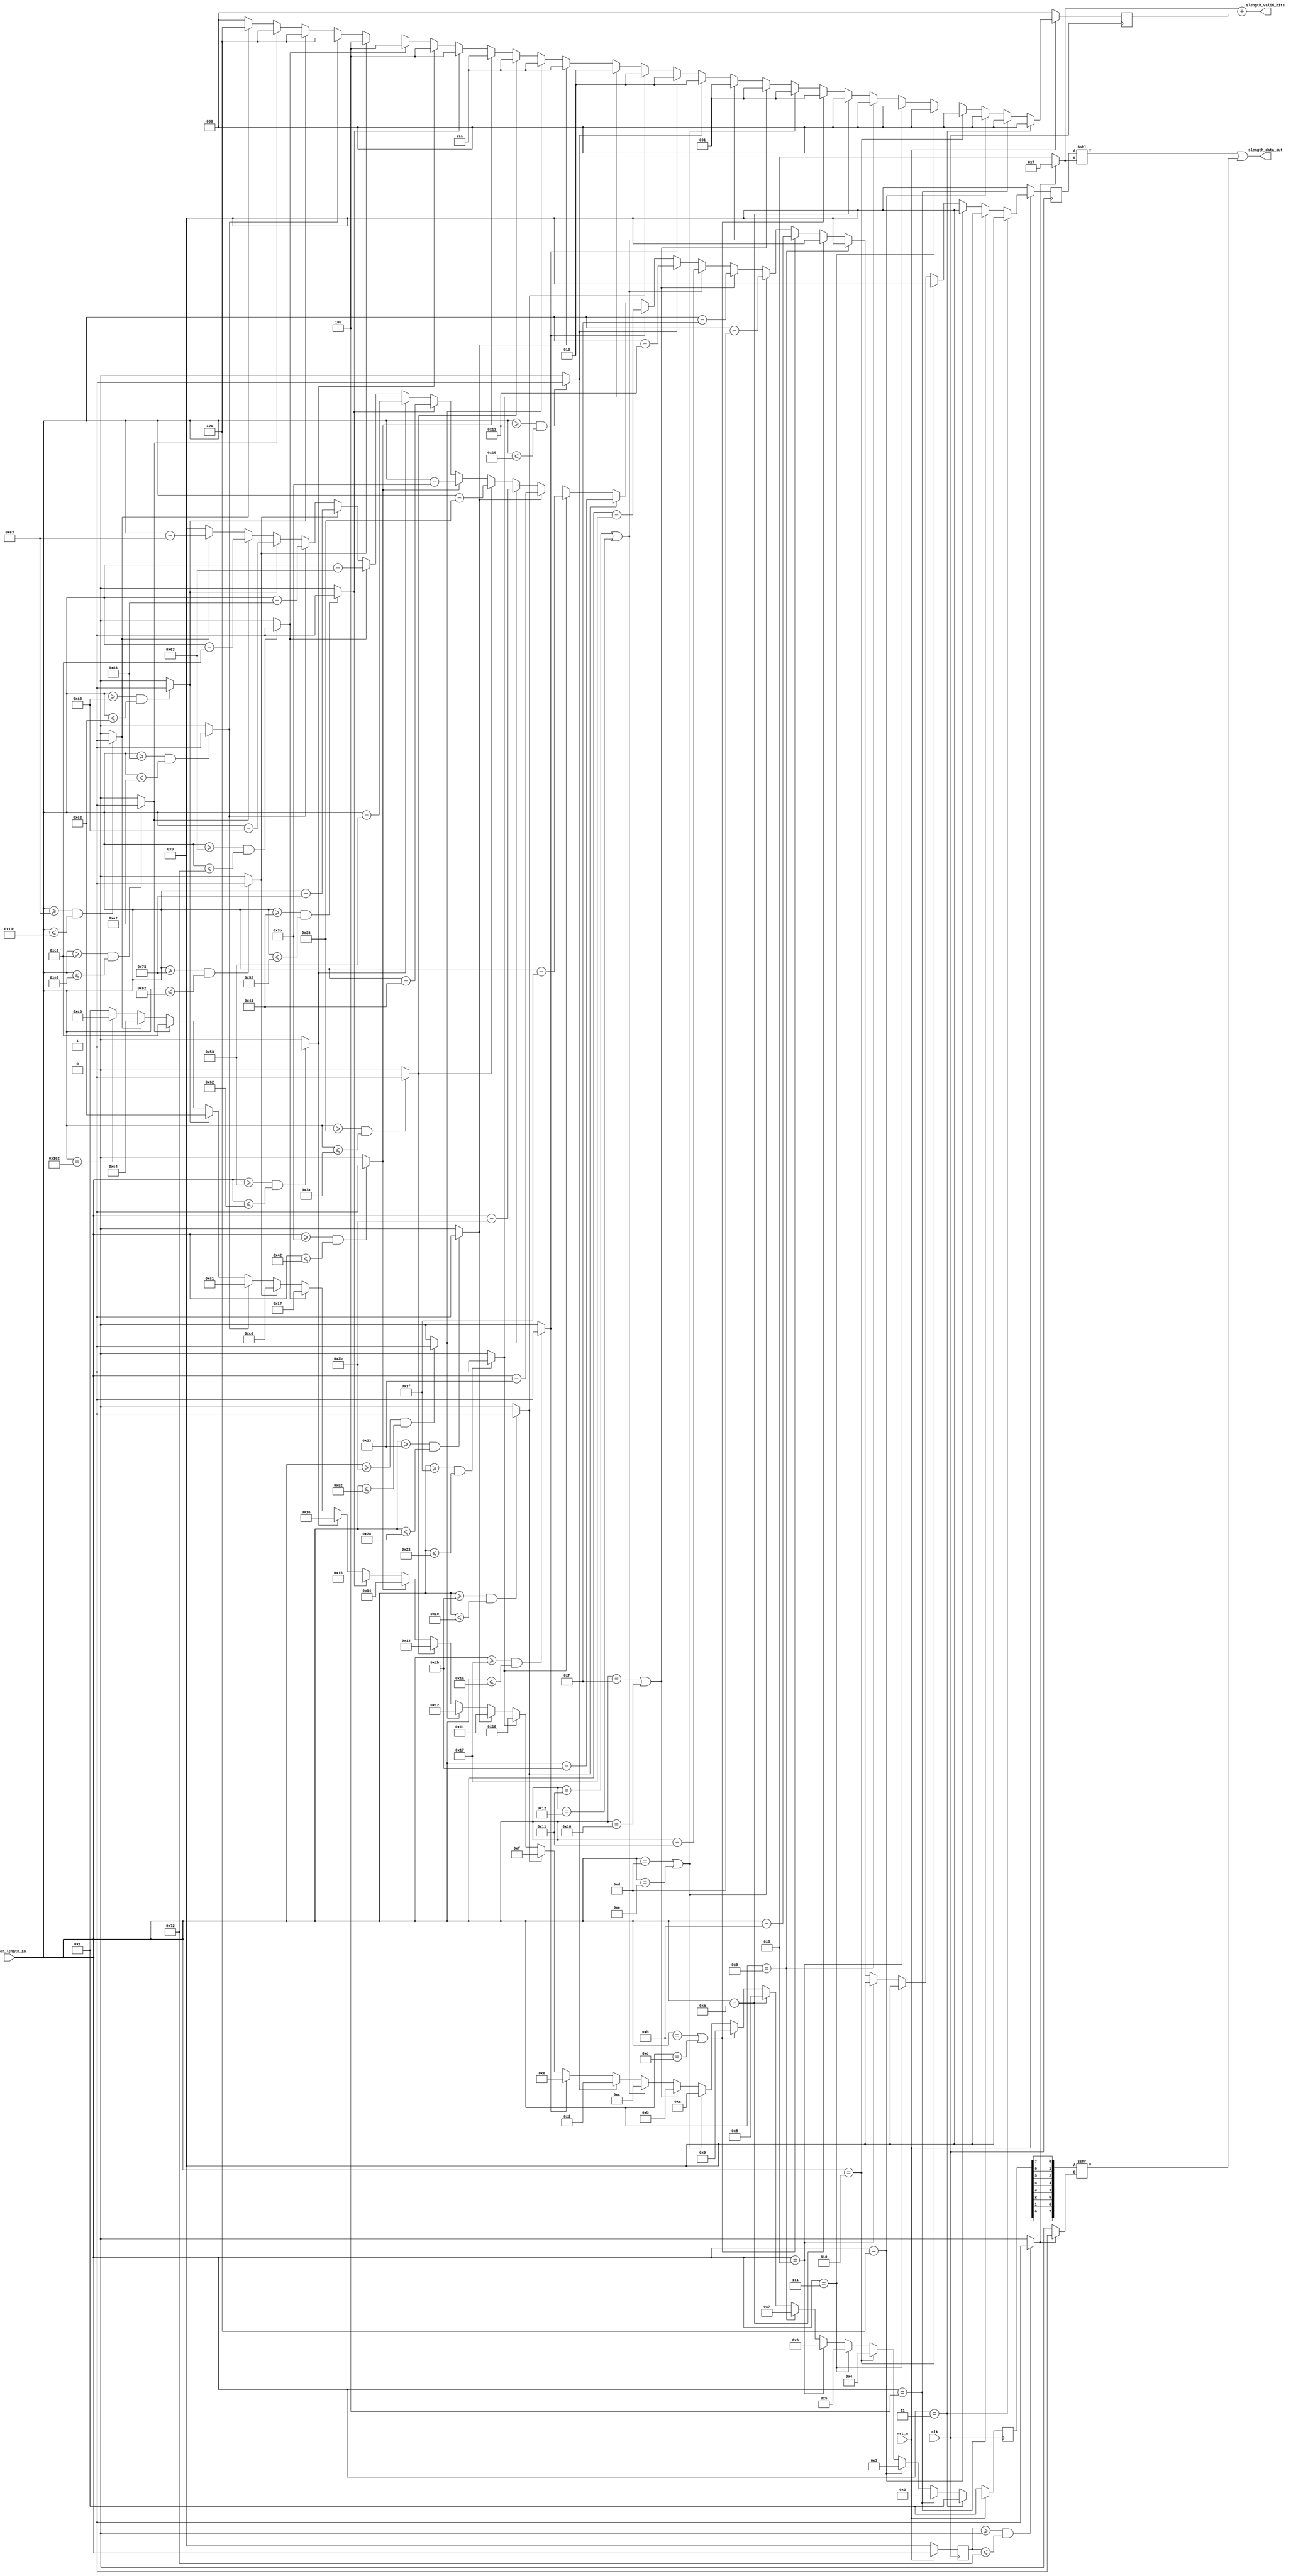

/*  
Title:            Static Length Huffman tree
Author:                                     Ovidiu Plugariu

Description:  This file is a Static Length Huffman Tree. These codes represent the length values between 0-258
            which are Huffman encoded. The final value of the code is a concatenation between the huffman ecoded value and the binary 
            value given by the offset of the distance in the lenght ranges.
            Minimum decoded length is 3 and the maximum is 258.
            We will use a lower range because for normal english texts the the length of a sequence rarely exceeds 64.
            Synthesys will remove the unused logic from the table if the maximum length is smaller than 258.
*/



// Codes from 257-279 have 7 bits
// Codes from 280-287 have 8 bits 
`define LEN_CODE257	8'd1
`define LEN_CODE258	8'd2
`define LEN_CODE259	8'd3
`define LEN_CODE260	8'd4
`define LEN_CODE261	8'd5
`define LEN_CODE262	8'd6
`define LEN_CODE263	8'd7
`define LEN_CODE264	8'd8
`define LEN_CODE265	8'd9
`define LEN_CODE266	8'd10
`define LEN_CODE267	8'd11
`define LEN_CODE268	8'd12
`define LEN_CODE269	8'd13
`define LEN_CODE270	8'd14
`define LEN_CODE271	8'd15
`define LEN_CODE272	8'd16
`define LEN_CODE273	8'd17
`define LEN_CODE274	8'd18
`define LEN_CODE275	8'd19
`define LEN_CODE276	8'd20
`define LEN_CODE277	8'd21
`define LEN_CODE278	8'd22
`define LEN_CODE279	8'd23
`define LEN_CODE280 8'd192
`define LEN_CODE281 8'd193
`define LEN_CODE282 8'd194
`define LEN_CODE283 8'd195
`define LEN_CODE284 8'd196
`define LEN_CODE285 8'd197
`define LEN_CODE286 8'd198
`define LEN_CODE287 8'd199


module slength
    (
    // Module inputs
    input  clk,	
    input  rst_n,	
	input  [8:0] match_length_in,              // 9bits: 3 <= match_length  <= 258
	
    // Module outputs
	output [12:0] slength_data_out,        // 13 bits {5 extra bit binary code, <7/8bit Huffman>} , Huffman codes are bit reversed
    output [3 :0] slength_valid_bits       // this output says how many binary encoded bits are valid from the output of the decoder 
    );
	
	// Module registers
	reg [8 :0]  slength_extra_bits_val;        // 5 bits extra value binary encoded - only 13 bits are used because of the distance ranges
	reg [2 :0]  slength_extra_bits_no;         // number of extra binary bits used for address encoding
	reg [7 :0]  slength_huff;
	wire[7 :0]  slength_huff_rev;              // the reversed value of the Huffman length value
    wire        slength_huff_shift_right;      // this si used to show if the length Huffman code has to be shifted 1 bit to the right
	
	reg [8 :0]  match_length_in_buff; 

	// Combinational logic
    wire [3:0] slength_huff_len;
	
    //====================================================================================================================	
	//===================================== Create Huffman codes LUT for lengths =========================================
	//====================================================================================================================
    always @(posedge clk)
	begin
	    if (!rst_n) begin
		    slength_huff           <= `LEN_CODE257;
            slength_extra_bits_no  <= 0;
            slength_extra_bits_val <= 0;
		end
		else begin
            case ( 1 )		
		        //inbetween(match_length_in, 9'd3, 9'd3)  : begin
		        (match_length_in == 9'd3): begin
		    	            slength_huff           <= `LEN_CODE257;
                            slength_extra_bits_no  <= 0;
                            slength_extra_bits_val <= 0;							
    	    	        end	
		    			
                //inbetween(match_length_in, 9'd4, 9'd4)    : begin
                (match_length_in == 9'd4): begin			
		    	            slength_huff           <= `LEN_CODE258;
                            slength_extra_bits_no  <= 0;
                            slength_extra_bits_val <= 0;							
    	    	        end	
		    			
                //inbetween(match_length_in, 9'd5, 9'd5)    : begin
		    	(match_length_in == 9'd5): begin
		    	            slength_huff           <= `LEN_CODE259;
                            slength_extra_bits_no  <= 0;
                            slength_extra_bits_val <= 0;							
    	    	        end	
            
                //inbetween(match_length_in, 9'd6, 9'd6)    : begin
                (match_length_in == 9'd6): begin			
		    	            slength_huff           <= `LEN_CODE260;
                            slength_extra_bits_no  <= 0;
                            slength_extra_bits_val <= 0;							
    	    	        end	
    	    				
                //inbetween(match_length_in, 9'd7, 9'd7)    : begin
		    	(match_length_in == 9'd7): begin
		    	            slength_huff           <= `LEN_CODE261;
                            slength_extra_bits_no  <= 0;
                            slength_extra_bits_val <= 0;							
    	    	        end	
    	    				
                //inbetween(match_length_in, 9'd8, 9'd8)    : begin
		    	(match_length_in == 9'd8): begin
		    	            slength_huff           <= `LEN_CODE262;
                            slength_extra_bits_no  <= 0;
		    	            slength_extra_bits_val <= 0;					
    	    	        end	
            
                //inbetween(match_length_in, 9'd9, 9'd9)    : begin
		    	(match_length_in == 9'd9): begin
		    	            slength_huff           <= `LEN_CODE263;
                            slength_extra_bits_no  <= 0;
                            slength_extra_bits_val <= 0;							
    	    	        end
		    
    	    	//inbetween(match_length_in, 9'd10, 9'd10)    : begin
		    	(match_length_in == 9'd10): begin
		    	            slength_huff           <= `LEN_CODE264;
                            slength_extra_bits_no  <= 0;
                            slength_extra_bits_val <= 0;		  					
    	    	        end
		    
    	    	//inbetween(match_length_in, 9'd11, 9'd12)   : begin
    	    	(match_length_in == 9'd11 || match_length_in == 9'd12): begin
		    	            slength_huff           <= `LEN_CODE265;
                            slength_extra_bits_no  <= 1;
                            slength_extra_bits_val <= match_length_in - 4'd11;	   // XAPP215 - you have to take in consideration the width of the subtraction operators to obtain best sintesys results					
    	    	        end  
		    
                //inbetween(match_length_in, 9'd13, 9'd14)  : begin
                (match_length_in == 9'd13 || match_length_in == 9'd14): begin			
		    	            slength_huff           <= `LEN_CODE266;
                            slength_extra_bits_no  <= 1;
                            slength_extra_bits_val <= match_length_in - 4'd13;							
    	    	        end 
            
                //inbetween(match_length_in, 9'd15, 9'd16)  : begin
		    	(match_length_in == 9'd15 || match_length_in == 9'd16): begin
		    	            slength_huff           <= `LEN_CODE267;
                            slength_extra_bits_no  <= 1;
                            slength_extra_bits_val <= match_length_in - 4'd15;							
    	    	        end 						
            
                //inbetween(match_length_in, 9'd17, 9'd18)  : begin
		    	(match_length_in == 9'd17 || match_length_in == 9'd18): begin
		    	            slength_huff           <= `LEN_CODE268;
                            slength_extra_bits_no  <= 1;
                            slength_extra_bits_val <= match_length_in - 5'd17;						
    	    	        end						
            
                inbetween(match_length_in, 9'd19, 9'd22)  : begin
		    	            slength_huff           <= `LEN_CODE269;
                            slength_extra_bits_no  <= 2;
                            slength_extra_bits_val <= match_length_in - 5'd19;							
    	    	        end	
            
                inbetween(match_length_in, 9'd23, 9'd26)  : begin
		    	            slength_huff           <= `LEN_CODE270;
                            slength_extra_bits_no  <= 2;
                            slength_extra_bits_val <= match_length_in - 5'd23;							
    	    	        end	
            
                inbetween(match_length_in, 9'd27, 9'd30)  : begin
		    	            slength_huff           <= `LEN_CODE271;
                            slength_extra_bits_no  <= 2;	
                            slength_extra_bits_val <= match_length_in - 5'd27;							
    	    	        end	
            
                inbetween(match_length_in, 9'd31, 9'd34)  : begin
		    	            slength_huff           <= `LEN_CODE272;
                            slength_extra_bits_no  <= 2;	
                            slength_extra_bits_val <= match_length_in - 5'd31;							
    	    	        end
                
                inbetween(match_length_in, 9'd35, 9'd42)  : begin
		    	            slength_huff           <= `LEN_CODE273;
                            slength_extra_bits_no  <= 3;
                            slength_extra_bits_val <= match_length_in - 6'd35;						
    	    	        end
            
                inbetween(match_length_in, 9'd43, 9'd50)  : begin
		    	            slength_huff           <= `LEN_CODE274;
                            slength_extra_bits_no  <= 3;
                            slength_extra_bits_val <= match_length_in - 6'd43;							
    	    	        end
            
                inbetween(match_length_in, 9'd51, 9'd58)  : begin
		    	            slength_huff           <= `LEN_CODE275;
                            slength_extra_bits_no  <= 3;
                            slength_extra_bits_val <= match_length_in - 6'd51;					
    	    	        end
            
                inbetween(match_length_in, 9'd59, 9'd66)  : begin
		    	            slength_huff           <= `LEN_CODE276;
                            slength_extra_bits_no  <= 3;
                            slength_extra_bits_val <= match_length_in - 6'd59;							
    	    	        end
						
                inbetween(match_length_in, 9'd67, 9'd82)  : begin
		    	            slength_huff           <= `LEN_CODE277;
                            slength_extra_bits_no  <= 4;
                            slength_extra_bits_val <= match_length_in - 7'd67;							
    	    	        end
            
                inbetween(match_length_in, 9'd83, 9'd98)  : begin
		    	            slength_huff           <= `LEN_CODE278;
                            slength_extra_bits_no  <= 4;
                            slength_extra_bits_val <= match_length_in - 7'd83;							
    	    	        end	
		    
                inbetween(match_length_in, 9'd99, 9'd114)  : begin
		    	            slength_huff           <= `LEN_CODE279;
                            slength_extra_bits_no  <= 4;
                            slength_extra_bits_val <= match_length_in - 7'd99;						
    	    	        end
            
                inbetween(match_length_in, 9'd115, 9'd130)  : begin
		    	            slength_huff           <= `LEN_CODE280;
                            slength_extra_bits_no  <= 4;
                            slength_extra_bits_val <= match_length_in - 7'd115;							
    	    	        end
            
                inbetween(match_length_in, 9'd131, 9'd162)  : begin
		    	            slength_huff           <= `LEN_CODE281;
                            slength_extra_bits_no  <= 5;
                            slength_extra_bits_val <= match_length_in - 8'd131;						
    	    	        end						
            
                inbetween(match_length_in, 9'd163, 9'd194)  : begin
		    	            slength_huff           <= `LEN_CODE282;
                            slength_extra_bits_no  <= 5;
                            slength_extra_bits_val <= match_length_in - 8'd163;						
    	    	        end
            
                inbetween(match_length_in, 9'd195, 9'd226)  : begin
		    	            slength_huff           <= `LEN_CODE283;
                            slength_extra_bits_no  <= 5;
                            slength_extra_bits_val <= match_length_in - 8'd195;						
    	    	        end
            
                inbetween(match_length_in, 9'd227, 9'd257)  : begin
		    	            slength_huff           <= `LEN_CODE284;
                            slength_extra_bits_no  <= 5;
                            slength_extra_bits_val <= match_length_in - 8'd227;						
    	    	        end

                (match_length_in == 9'd258)  : begin
		    	            slength_huff           <= `LEN_CODE285; 
                            slength_extra_bits_no  <= 0;
                            slength_extra_bits_val <= 0;							
    	    	        end  

				default : begin
		    	            slength_huff           <= `LEN_CODE257;
                            slength_extra_bits_no  <= 0;
                            slength_extra_bits_val <= 0;							
    	    	        end
            endcase
		end
    end 			


    function inbetween (input [8:0] match_length_in, input [8:0] low, input [8:0] high);
	begin
	    inbetween = (match_length_in >= low && match_length_in <= high) ? 1'b1 : 1'b0;
	end	
	endfunction	


	// This pipeline stage is used to calculate slength_huff_len and correlate it with the slength_huff output value
    always @( posedge clk)
    begin
    	if (!rst_n) match_length_in_buff <= 0;       
	    else        match_length_in_buff <= match_length_in;		
    end	
    
	// According to the slength_extra_bits_no and slength_extra_bits_val we have to output a triplet:
	// (slength_valid_bits, slength_huff, slength_extra_bits_val)
	
	// If the length is smaller than 114 then the Huffman code has 7 bits, else it has 8 bits
	assign slength_huff_len = inbetween(match_length_in_buff, 9'd0, 9'd114) ? 4'd7 : 4'd8;
	assign slength_huff_shift_right = inbetween(match_length_in_buff, 9'd0, 9'd114) ? 1'b1 : 1'b0;
	assign slength_valid_bits = slength_huff_len + slength_extra_bits_no;
	
	// Reverse the value of the Huffman length code. For the 7 bit values is has to shifted 1 bit to the right. RFC 1951 requirement
	genvar i; 
    generate 
       for( i=0; i<=7; i=i+1 ) 
       begin : reverse_huffman_length_bits
          assign slength_huff_rev[i] = slength_huff[7-i];
       end 
    endgenerate		
		
	assign slength_data_out = (slength_extra_bits_val << slength_huff_len) | (slength_huff_rev >> slength_huff_shift_right);
	

endmodule